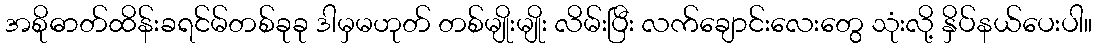
အစိုဓာတ်ထိန်းခရင်မ်တစ်ခုခု ဒါမှမဟုတ် တစ်မျိုးမျိုး လိမ်းပြီး လက်ချောင်းလေးတွေ သုံးလို့ နှိပ်နယ်ပေးပါ။